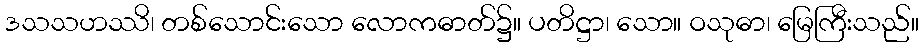
ဒသသဟဿိ၊ တစ်သောင်းသော လောကဓာတ်၌။ ပတိဋ္ဌာ၊ သော။ ဝသုဓာ၊ မြေကြီးသည်။